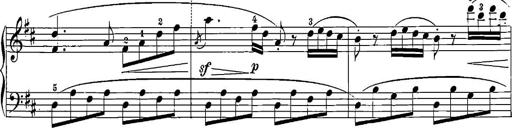
Title: 12 Sonatinas
Composer: Ignaz Pleyel